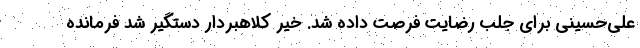
علی‌حسینی برای جلب رضایت فرصت داده شد. خیر کلاهبردار دستگیر شد فرمانده